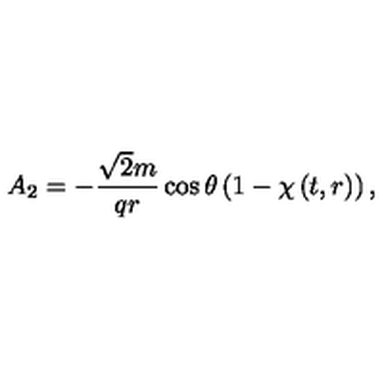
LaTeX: A _ { 2 } = - \frac { \sqrt { 2 } m } { q r } \cos \theta \left( 1 - \chi \left( t , r \right) \right) ,